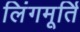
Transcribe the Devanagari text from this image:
लिंगमूर्ति